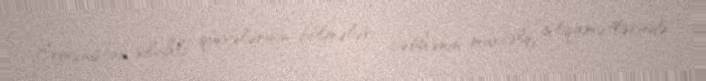
Ermənistan silahlı qüvvələrinin bölmələri cəbhənin müxtəlif istiqamətlərində